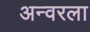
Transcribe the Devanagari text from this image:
अन्वरला